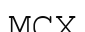
МСХ